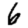
Digit: 6